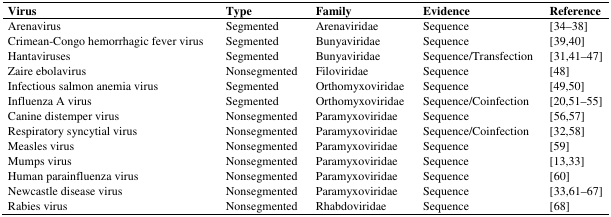
<table><thead><tr><td><b>Virus</b></td><td><b>Type</b></td><td><b>Family</b></td><td><b>Evidence</b></td><td><b>Reference</b></td></tr></thead><tbody><tr><td>Arenavirus</td><td>Segmented</td><td>Arenaviridae</td><td>Sequence</td><td>[34–38]</td></tr><tr><td>Crimean-Congo hemorrhagic fever virus</td><td>Segmented</td><td>Bunyaviridae</td><td>Sequence</td><td>[39,40]</td></tr><tr><td>Hantaviruses</td><td>Segmented</td><td>Bunyaviridae</td><td>Sequence/Transfection</td><td>[31,41–47]</td></tr><tr><td>Zaire ebolavirus</td><td>Nonsegmented</td><td>Filoviridae</td><td>Sequence</td><td>[48]</td></tr><tr><td>Infectious salmon anemia virus</td><td>Segmented</td><td>Orthomyxoviridae</td><td>Sequence</td><td>[49,50]</td></tr><tr><td>Influenza A virus</td><td>Segmented</td><td>Orthomyxoviridae</td><td>Sequence/Coinfection</td><td>[20,51–55]</td></tr><tr><td>Canine distemper virus</td><td>Nonsegmented</td><td>Paramyxoviridae</td><td>Sequence</td><td>[56,57]</td></tr><tr><td>Respiratory syncytial virus</td><td>Nonsegmented</td><td>Paramyxoviridae</td><td>Sequence/Coinfection</td><td>[32,58]</td></tr><tr><td>Measles virus</td><td>Nonsegmented</td><td>Paramyxoviridae</td><td>Sequence</td><td>[59]</td></tr><tr><td>Mumps virus</td><td>Nonsegmented</td><td>Paramyxoviridae</td><td>Sequence</td><td>[13,33]</td></tr><tr><td>Human parainfluenza virus</td><td>Nonsegmented</td><td>Paramyxoviridae</td><td>Sequence</td><td>[60]</td></tr><tr><td>Newcastle disease virus</td><td>Nonsegmented</td><td>Paramyxoviridae</td><td>Sequence</td><td>[33,61–67]</td></tr><tr><td>Rabies virus</td><td>Nonsegmented</td><td>Rhabdoviridae</td><td>Sequence</td><td>[68]</td></tr></tbody></table>